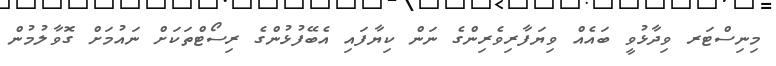
މިނިސްޓަރ ވިދާޅުވީ ބައެއް ވިޔަފާރިވެރިންގެ ނަން ކިޔާފައި އެބޭފުޅުންގެ ރިސޯޓްތަކަށް ނައުމަށް ގޮވާލުމުން